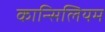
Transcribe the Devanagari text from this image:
कान्सिलियम